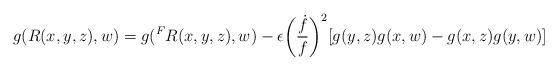
LaTeX: \begin{align*}g(R(x,y,z),w) = g({^F}R(x,y,z),w) - \epsilon \bigg(\frac{\dot{f}}{f}\bigg)^{2}[g(y,z)g(x,w) - g(x,z)g(y,w)]\end{align*}